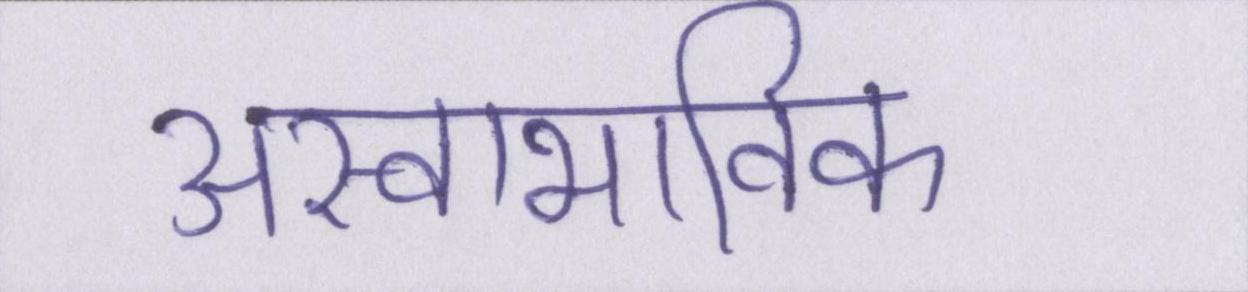
अस्वाभाविक